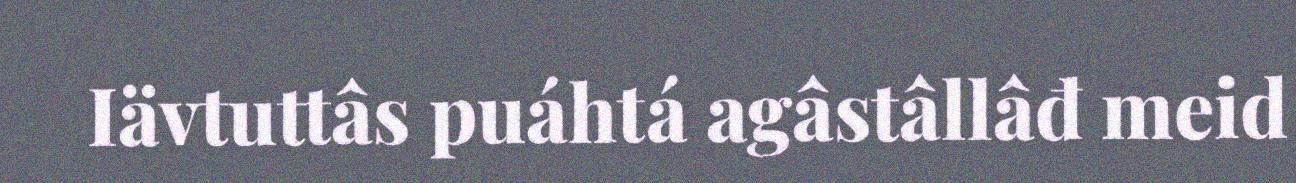
Iävtuttâs puáhtá agâstâllâđ meid